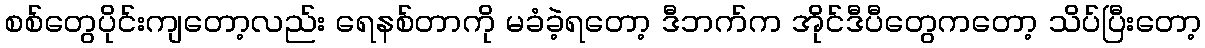
စစ်တွေပိုင်းကျတော့လည်း ရေနစ်တာကို မခံခဲ့ရတော့ ဒီဘက်က အိုင်ဒီပီတွေကတော့ သိပ်ပြီးတော့